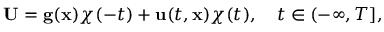
{ \bf U } = { \bf g } ( { \bf x } ) \chi ( - t ) + { \bf u } ( t , { \bf x } ) \chi ( t ) , \quad t \in ( - \infty , T ] ,